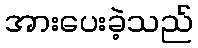
အားပေးခဲ့သည်